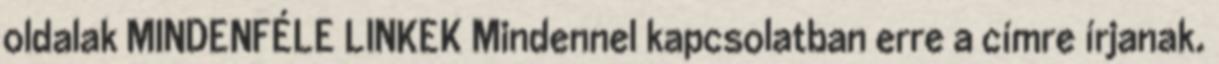
oldalak MINDENFÉLE LINKEK Mindennel kapcsolatban erre a címre írjanak.